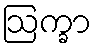
ဩက္ခာ